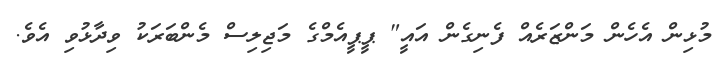
މުޅިން އެހެން މަންޒަރެއް ފެނިގެން އައީ" ޕީޕީއެމްގެ މަޖިލިސް މެންބަރަކު ވިދާޅުވި އެވެ.